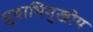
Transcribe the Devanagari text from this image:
ध्रुवाभिमुखीय